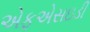
એફએસઇડી